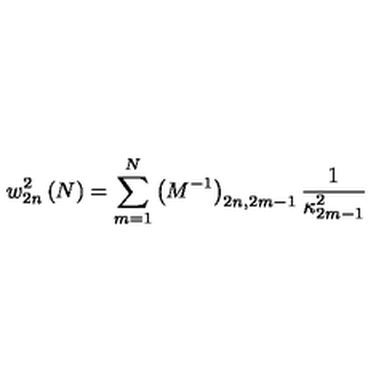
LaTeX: w _ { 2 n } ^ { 2 } \left( N \right) = \sum _ { m = 1 } ^ { N } \left( M ^ { - 1 } \right) _ { 2 n , 2 m - 1 } \frac { 1 } { \kappa _ { 2 m - 1 } ^ { 2 } }